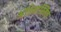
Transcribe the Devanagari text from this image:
अतिभास्मिक